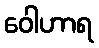
ဝေါဟာရ